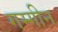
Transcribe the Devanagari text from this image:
गम्गीन